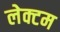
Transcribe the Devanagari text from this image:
लेक्टम